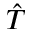
\hat { T }